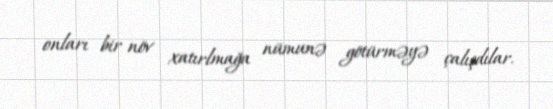
onları bir növ xatırlmağa nümunə götürməyə çalışdılar.